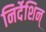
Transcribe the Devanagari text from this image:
निर्देशिन्